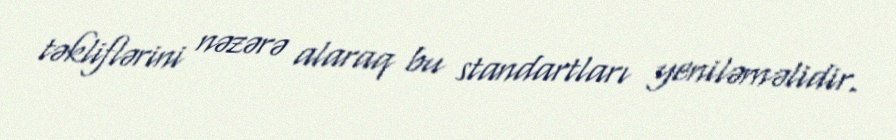
təkliflərini nəzərə alaraq bu standartları yeniləməlidir.